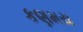
કણમય